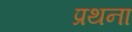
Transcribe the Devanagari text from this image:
प्रथना